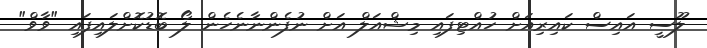
ލޫސީ އައިސް ކައިރިއަށް ހުއްޓިފައި މިޝްއަލް އަށް ނުފެންނާނެހެން ލޯ ބޮޑުކޮށްލައިފައި "ވާވް"